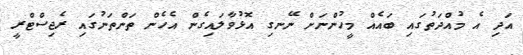
އަދި އެ މުއްދަތުގައި ބައެއް މީހުންނަށް ނޭނގި އޮޅުވާލައިގެން އެހެން ތަންތަނުގައި ރެޖިސްޓްރީ